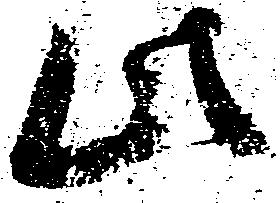
此